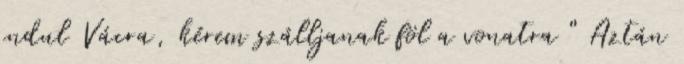
indul Vácra, kérem szálljanak föl a vonatra " Aztán